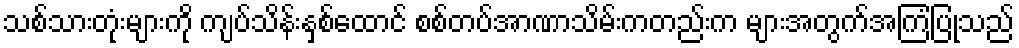
သစ်သားတုံးများကို ကျပ်သိန်းနှစ်ထောင် စစ်တပ်အာဏာသိမ်းကတည်းက များအတွက်အကြံပြုသည်